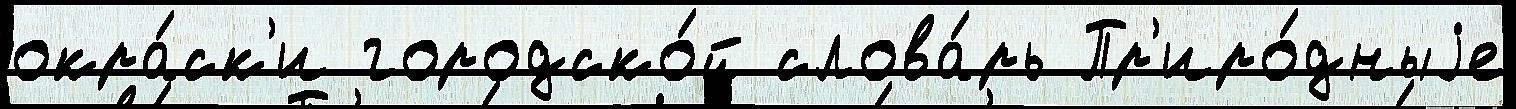
окра́ск'и городско́й слова́рь Пр'иро́дныjе